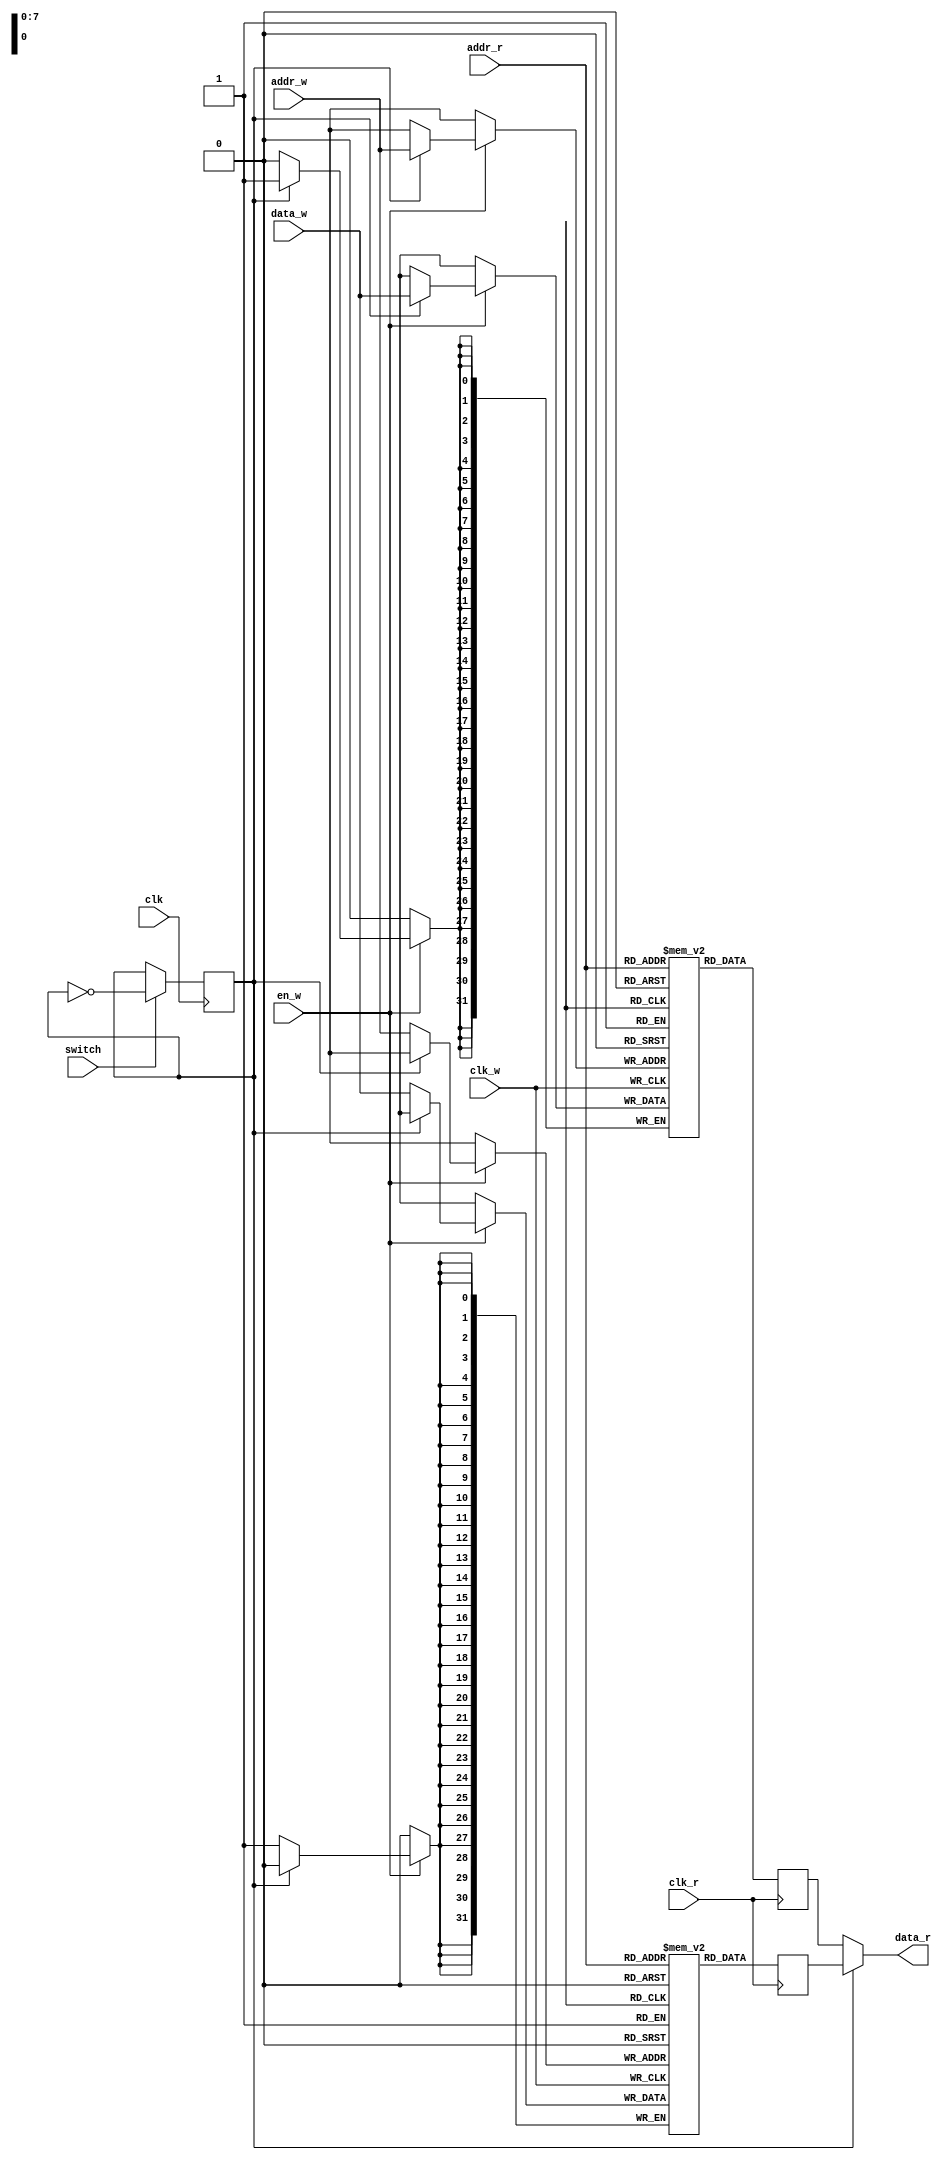
module buffer_2l (
	input wire clk,  // main clock
	input wire switch,  // line switch
	// data writing
	input wire clk_w,  // write clock
	input wire en_w,  // write enable
	input wire [ADDR_BITS-1:0] addr_w,  // address to write
	input wire [DATA_BITS-1:0] data_w,  // data to write
	// data reading
	input wire clk_r,  // read clock
	input wire [ADDR_BITS-1:0] addr_r,  // address to read
	output wire [DATA_BITS-1:0] data_r  // data from read
	);
	
	parameter
		DATA_BITS = 32,  // data length
		ADDR_BITS = 8;  // address length
	
	reg line = 0;  // write one line and read another line
	reg [DATA_BITS-1:0] data_a [0:(1<<ADDR_BITS)-1];
	reg [DATA_BITS-1:0] data_b [0:(1<<ADDR_BITS)-1];
	reg [DATA_BITS-1:0] data_ra, data_rb;
	
	always @(posedge clk) begin
		if (switch)
			line <= ~line;
	end
	
	always @(posedge clk_w) begin
		if (en_w) begin
			if (line)
				data_b[addr_w] <= data_w;
			else
				data_a[addr_w] <= data_w;
		end
	end
	
	always @(posedge clk_r) begin
		data_ra <= data_a[addr_r];
		data_rb <= data_b[addr_r];
	end
	
	assign
		data_r = line ? data_ra : data_rb;
	
endmodule